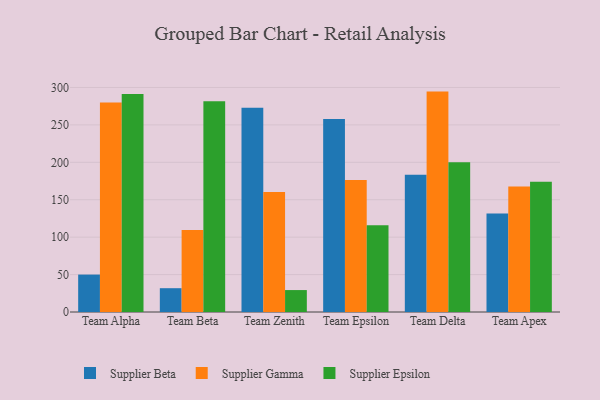
{"axis": {"x": "Team", "y": "Budget (USD K)"}, "legend": ["Supplier Beta", "Supplier Epsilon", "Supplier Gamma"], "data": [{"x": "Team Alpha", "y": 50.0, "type": "Supplier Beta"}, {"x": "Team Alpha", "y": 279.8, "type": "Supplier Gamma"}, {"x": "Team Alpha", "y": 291.4, "type": "Supplier Epsilon"}, {"x": "Team Beta", "y": 31.8, "type": "Supplier Beta"}, {"x": "Team Beta", "y": 109.6, "type": "Supplier Gamma"}, {"x": "Team Beta", "y": 281.6, "type": "Supplier Epsilon"}, {"x": "Team Zenith", "y": 272.8, "type": "Supplier Beta"}, {"x": "Team Zenith", "y": 160.3, "type": "Supplier Gamma"}, {"x": "Team Zenith", "y": 29.3, "type": "Supplier Epsilon"}, {"x": "Team Epsilon", "y": 257.8, "type": "Supplier Beta"}, {"x": "Team Epsilon", "y": 176.5, "type": "Supplier Gamma"}, {"x": "Team Epsilon", "y": 116.0, "type": "Supplier Epsilon"}, {"x": "Team Delta", "y": 183.4, "type": "Supplier Beta"}, {"x": "Team Delta", "y": 294.5, "type": "Supplier Gamma"}, {"x": "Team Delta", "y": 200.0, "type": "Supplier Epsilon"}, {"x": "Team Apex", "y": 131.7, "type": "Supplier Beta"}, {"x": "Team Apex", "y": 167.8, "type": "Supplier Gamma"}, {"x": "Team Apex", "y": 174.0, "type": "Supplier Epsilon"}]}